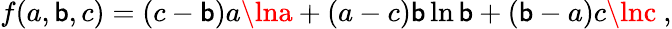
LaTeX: f(a,\mathsf{b},c)=(c-\mathsf{b})a\lna+(a-c)\mathsf{b}\ln\mathsf{b}+(\mathsf{b}-a)c\lnc~,